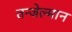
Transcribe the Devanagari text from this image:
तन्जेल्मान